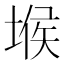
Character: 堠